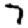
Digit: 7